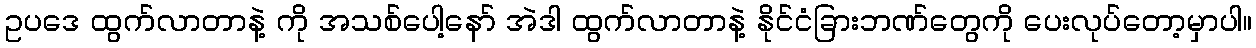
ဥပဒေ ထွက်လာတာနဲ့ ကို အသစ်ပေါ့နော် အဲဒါ ထွက်လာတာနဲ့ နိုင်ငံခြားဘဏ်တွေကို ပေးလုပ်တော့မှာပါ။